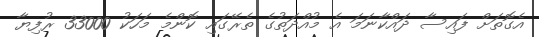
އެގޮތަށް ފައިސާ ދައްކާނަމަ އެ މުއްދަތުގެ ތެރޭގައި ކޮންމެ މަހަކު 33000 ރުފިޔާ